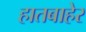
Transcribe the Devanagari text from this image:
हातबाहेर